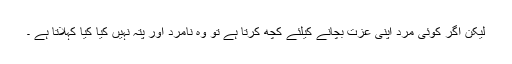
لیکن اگر کوئی مرد اپنی عزت بچانے کیلئے کچھ کرتا ہے تو وہ نامرد اور پتہ نہیں کیا کیا کہلاتا ہے ۔